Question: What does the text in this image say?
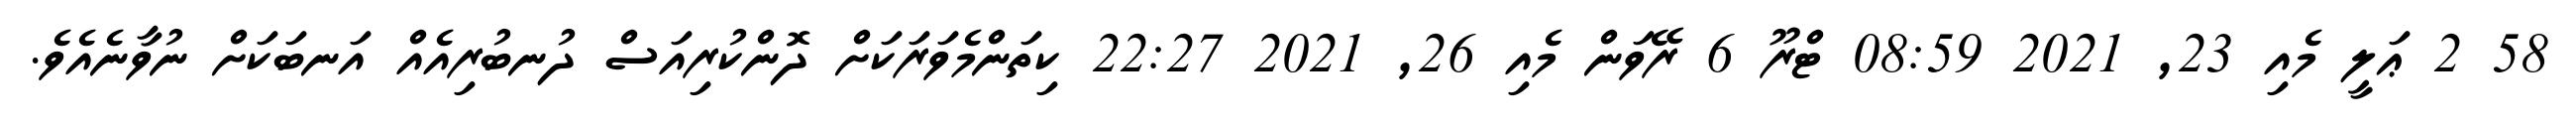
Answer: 58 2 ޢަލީ މެއި 23, 2021 08:59 ޓްރޫ 6 ރޭވަން މެއި 26, 2021 22:27 ކިތަންމެވަރަކަށް ދޮންކުރިއަސް ދުނބުރިއެއް އަނބަކަށް ނުވާނެއެވެ.